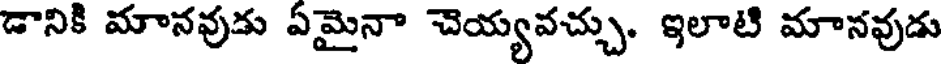
డానికి మానవుడు ఏమైనా చెయ్యవచ్చు. ఇలాటి మానవుడు